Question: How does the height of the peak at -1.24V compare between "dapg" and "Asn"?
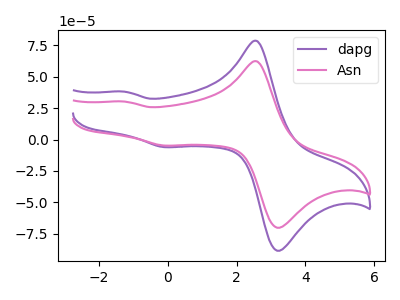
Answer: <think>The purple curve "dapg" has anodic peaks at (2.60V, 78.45uA) (-1.25V, 38.10uA) and cathodic peaks at (3.35V, -87.45uA) (-0.10V, -6.05uA). The pink curve "Asn" has anodic peaks at (2.60V, 62.25uA) (-1.25V, 30.20uA) and cathodic peaks at (3.35V, -69.35uA) (-0.10V, -4.80uA).</think>
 <answer>The peak at -1.24V is higher in "dapg" than in "Asn".</answer>
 <eval>higher</eval>